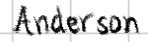
Text: Anderson
Cross-out: clean
Writing tool: digital_black